Senior Leaving Certificate Examination (including Day School Certificate (Higher) General paper), 1947
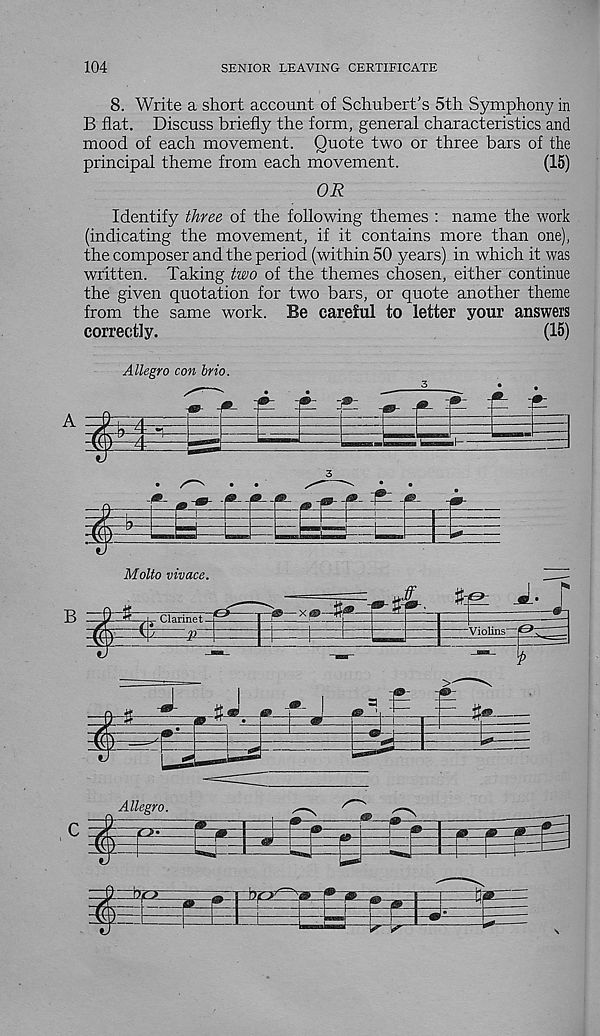
104
SENIOR LEAVING CERTIFICATE
8. Write a short account of Schubert’s 5th Symphony in
B flat. Discuss briefly the form, general characteristics and
mood of each movement. Quote two or three bars of the
principal theme from each movement.
(15)
OR
Identify three of the following themes : name the work
(indicating the movement, if it contains more than one),
the composer and the period (within 50 years) in which it was
written. Taking two of the themes chosen, either continue
the given quotation for two bars, or quote another theme
from the same work. Be careful to letter your answers
correctly.
(15)
Allegro con brio.